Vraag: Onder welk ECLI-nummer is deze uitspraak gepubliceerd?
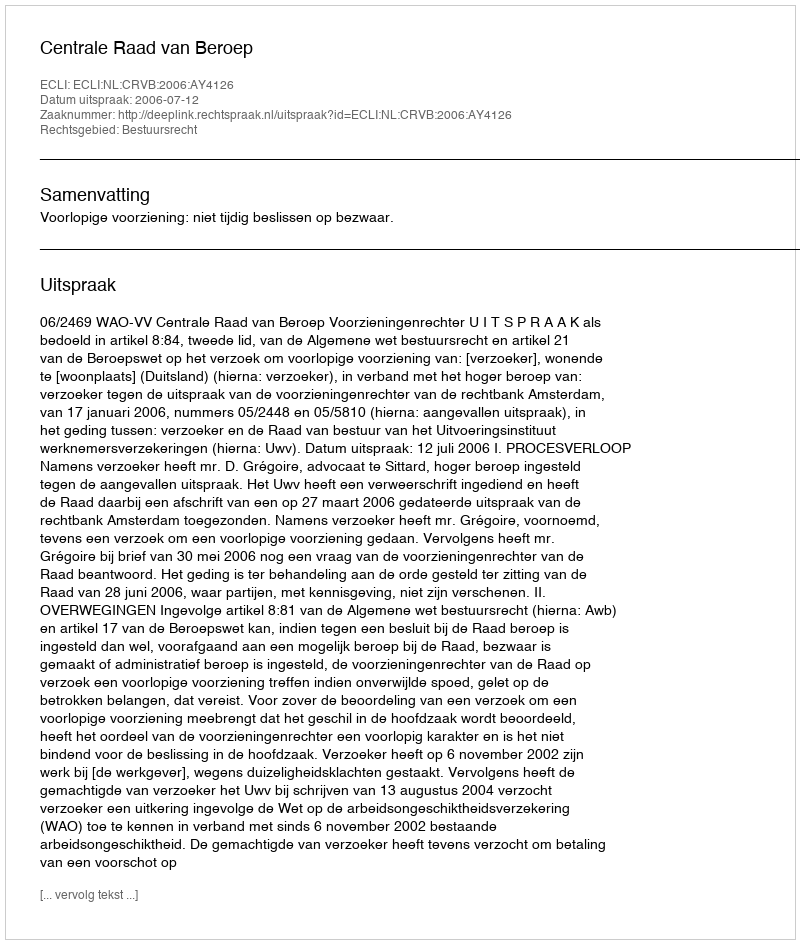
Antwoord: ECLI:NL:CRVB:2006:AY4126